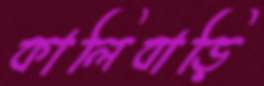
কালিবাড়ি